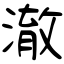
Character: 澈